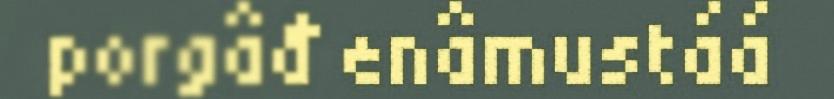
porgâđ enâmustáá